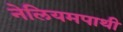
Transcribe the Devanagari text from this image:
नेलियमपाथी